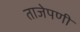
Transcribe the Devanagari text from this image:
ताजेपणी